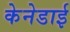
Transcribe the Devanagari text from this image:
केनेडाई